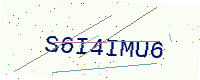
Text: S6I4IMU6